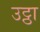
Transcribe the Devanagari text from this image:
उट्ठा